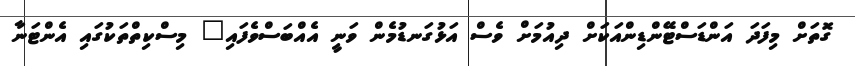
ގޮތަށް މިފަދަ އަންޑަސްޓޭންޑިންއަކަށް ދިއުމަށް ވެސް އަޅުގަނޑުމެން ވަނީ އެއްބަސްވެފައި" މިސްކިތްތަކުގައި އެންޓަނާ